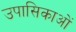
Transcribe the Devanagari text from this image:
उपासिकाओं